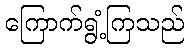
ကြောက်ရွံ့ကြသည်